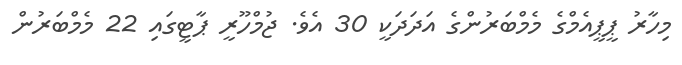
މިހާރު ޕީޕީއެމްގެ މެމްބަރުންގެ އަދަދަކީ 30 އެވެ. ޖުމްހޫރީ ޕާޓީގައި 22 މެމްބަރުން